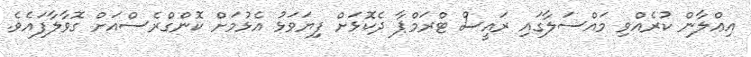
އިޢްލާން ކުރެއްވި މައްސަލާގައި ރައީސް ޓްރަމްޕާ ދެކޮޅަށް ފިޔަވަޅު އެޅުމަށް ކޮންގްރެސްއަށް ގޮވާލާފައެވެ.